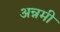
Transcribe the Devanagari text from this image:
अन्नमी